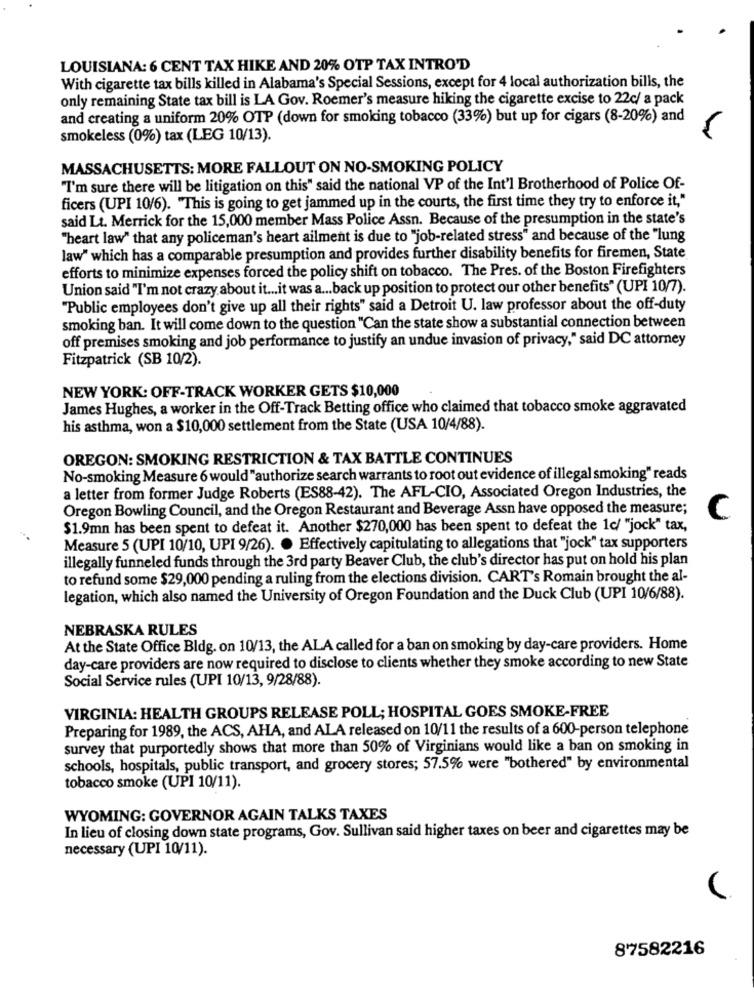
LOUISIANA: 6 CENT TAX HIKE AND 20% OTP TAX INTRO'D
With cigarette tax bills killed in Alabama's Special Sessions, except for 4 local authorization bills, the
only remaining State tax bill is LA Gov. Roemer's measure hiking the cigarette excise to 22c/ a pack
and creating a uniform 20% OTP (down for smoking tobacco (33%) but up for cigars (8-20%) and
smokeless (0%) tax (LEG 10/13).
MASSACHUSETTS: MORE FALLOUT ON NO-SMOKING POLICY
"I'm sure there will be litigation on this" said the national VP of the Int'l Brotherhood of Police Of-
ficers (UPI 10/6). "This is going to get jammed up in the courts, the first time they try to enforce it,"
said Lt. Merrick for the 15,000 member Mass Police Assn. Because of the presumption in the state's
"heart law" that any policeman's heart ailment is due to "job-related stress" and because of the "lung
law" which has a comparable presumption and provides further disability benefits for firemen, State
efforts to minimize expenses forced the policy shift on tobacco. The Pres. of the Boston Firefighters
Union said "I'm not crazy about it ... it was a ... back up position to protect our other benefits" (UPI 10/7).
"Public employees don't give up all their rights" said a Detroit U. law professor about the off-duty
smoking ban. It will come down to the question "Can the state show a substantial connection between
off premises smoking and job performance to justify an undue invasion of privacy," said DC attorney
Fitzpatrick (SB 10/2).
NEW YORK: OFF-TRACK WORKER GETS $10,000
James Hughes, a worker in the Off-Track Betting office who claimed that tobacco smoke aggravated
his asthma, won a $10,000 settlement from the State (USA 10/4/88).
OREGON: SMOKING RESTRICTION & TAX BATTLE CONTINUES
No-smoking Measure 6 would "authorize search warrants to root out evidence of illegal smoking" reads
a letter from former Judge Roberts (ES88-42). The AFL-CIO, Associated Oregon Industries, the
Oregon Bowling Council, and the Oregon Restaurant and Beverage Assn have opposed the measure;
C
$1.9mn has been spent to defeat it. Another $270,000 has been spent to defeat the 1c/ "jock" tax,
Measure 5 (UPI 10/10, UPI 9/26). · Effectively capitulating to allegations that "jock" tax supporters
illegally funneled funds through the 3rd party Beaver Club, the club's director has put on hold his plan
to refund some $29,000 pending a ruling from the elections division. CART's Romain brought the al-
legation, which also named the University of Oregon Foundation and the Duck Club (UPI 10/6/88).
NEBRASKA RULES
At the State Office Bldg. on 10/13, the ALA called for a ban on smoking by day-care providers. Home
day-care providers are now required to disclose to clients whether they smoke according to new State
Social Service rules (UPI 10/13, 9/28/88).
VIRGINIA: HEALTH GROUPS RELEASE POLL; HOSPITAL GOES SMOKE-FREE
Preparing for 1989, the ACS, AHA, and ALA released on 10/11 the results of a 600-person telephone
survey that purportedly shows that more than 50% of Virginians would like a ban on smoking in
schools, hospitals, public transport, and grocery stores; 57.5% were "bothered" by environmental
tobacco smoke (UPI 10/11).
WYOMING: GOVERNOR AGAIN TALKS TAXES
In lieu of closing down state programs, Gov. Sullivan said higher taxes on beer and cigarettes may be
necessary (UPI 10/11).
87582216